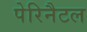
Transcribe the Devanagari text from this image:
पेरिनैटल